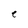
Character: e